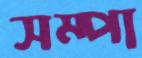
সম্পা